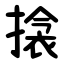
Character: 搇